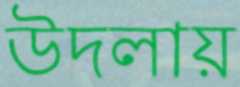
উদলায়